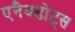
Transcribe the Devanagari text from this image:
एनैक्डोट्स